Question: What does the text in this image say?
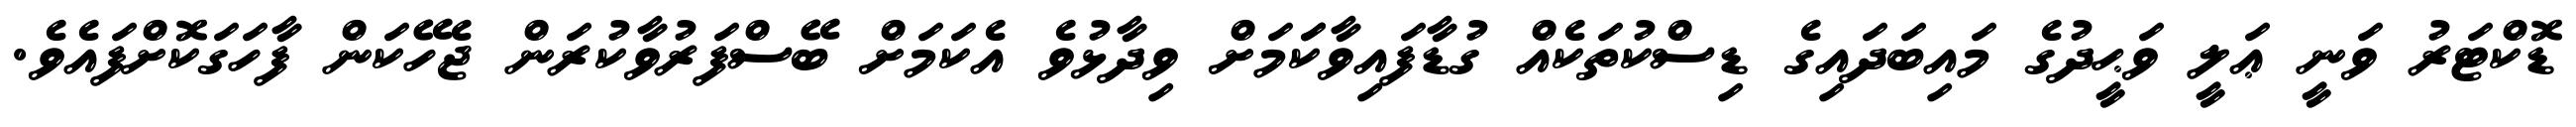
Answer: ޑޮކްޓަރު ވަނީ ޢަލީ ވަޙީދުގެ މައިބަދައިގެ ޑިސްކުތަކެއް ގުޑާފައިވާކަަމަށް ވިދާޅުވެ އެކަމަށް ބޭސްފަރުވާކުރަން ޖެހޭކަން ފާހަގަކޮށްފައެވެ.